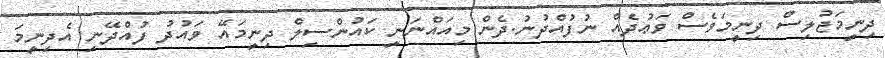
ދިނީމަޖުލިސް ދިނީމަވެސް ވަޢުދެއް ނުފުއްދުނު.ދެން މިއައްނަނީ ކައުންސިލް ދިނީމައޭ ވައުދު ފުއްދޭނި އެދިނީމަ